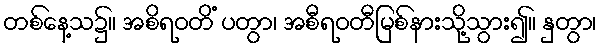
တစ်နေ့သ၌။ အစိရဝတိံ ပတွာ၊ အစီရဝတီမြစ်နားသို့သွား၍။ နှတွာ၊